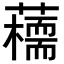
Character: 𧂦